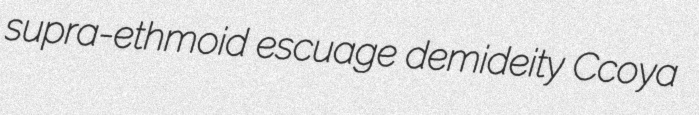
supra-ethmoid escuage demideity Ccoya